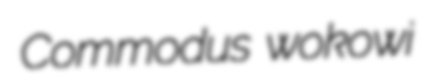
Commodus wokowi